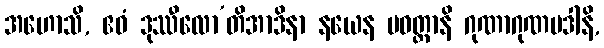
အဟောသိ, ဧဝံ ဒုဿီလော’တိအာဒိနာ နယေန ပဝတ္တာနိ ဂုဏာဂုဏပဒါနိ,